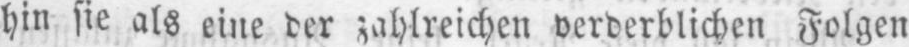
hin sie als eine der zahlreichen verderblichen Folgen